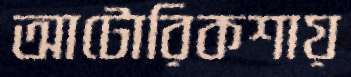
আটোরিকশায়